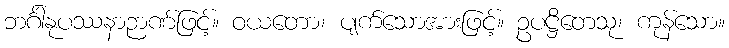
ဘင်္ဂါနုပဿနာဉာဏ်ဖြင့်။ ဝယတော၊ ပျက်သောအားဖြင့်။ ဥပဋ္ဌိတေသု၊ ကုန်သော။